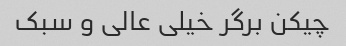
چیکن برگر خیلی عالی و سبک